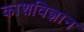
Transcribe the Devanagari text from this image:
काशविज्ञान